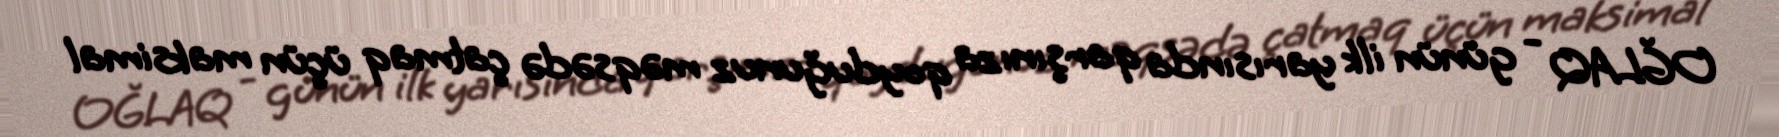
OĞLAQ - günün ilk yarısında qarşınıza qoyduğunuz məqsədə çatmaq üçün maksimal